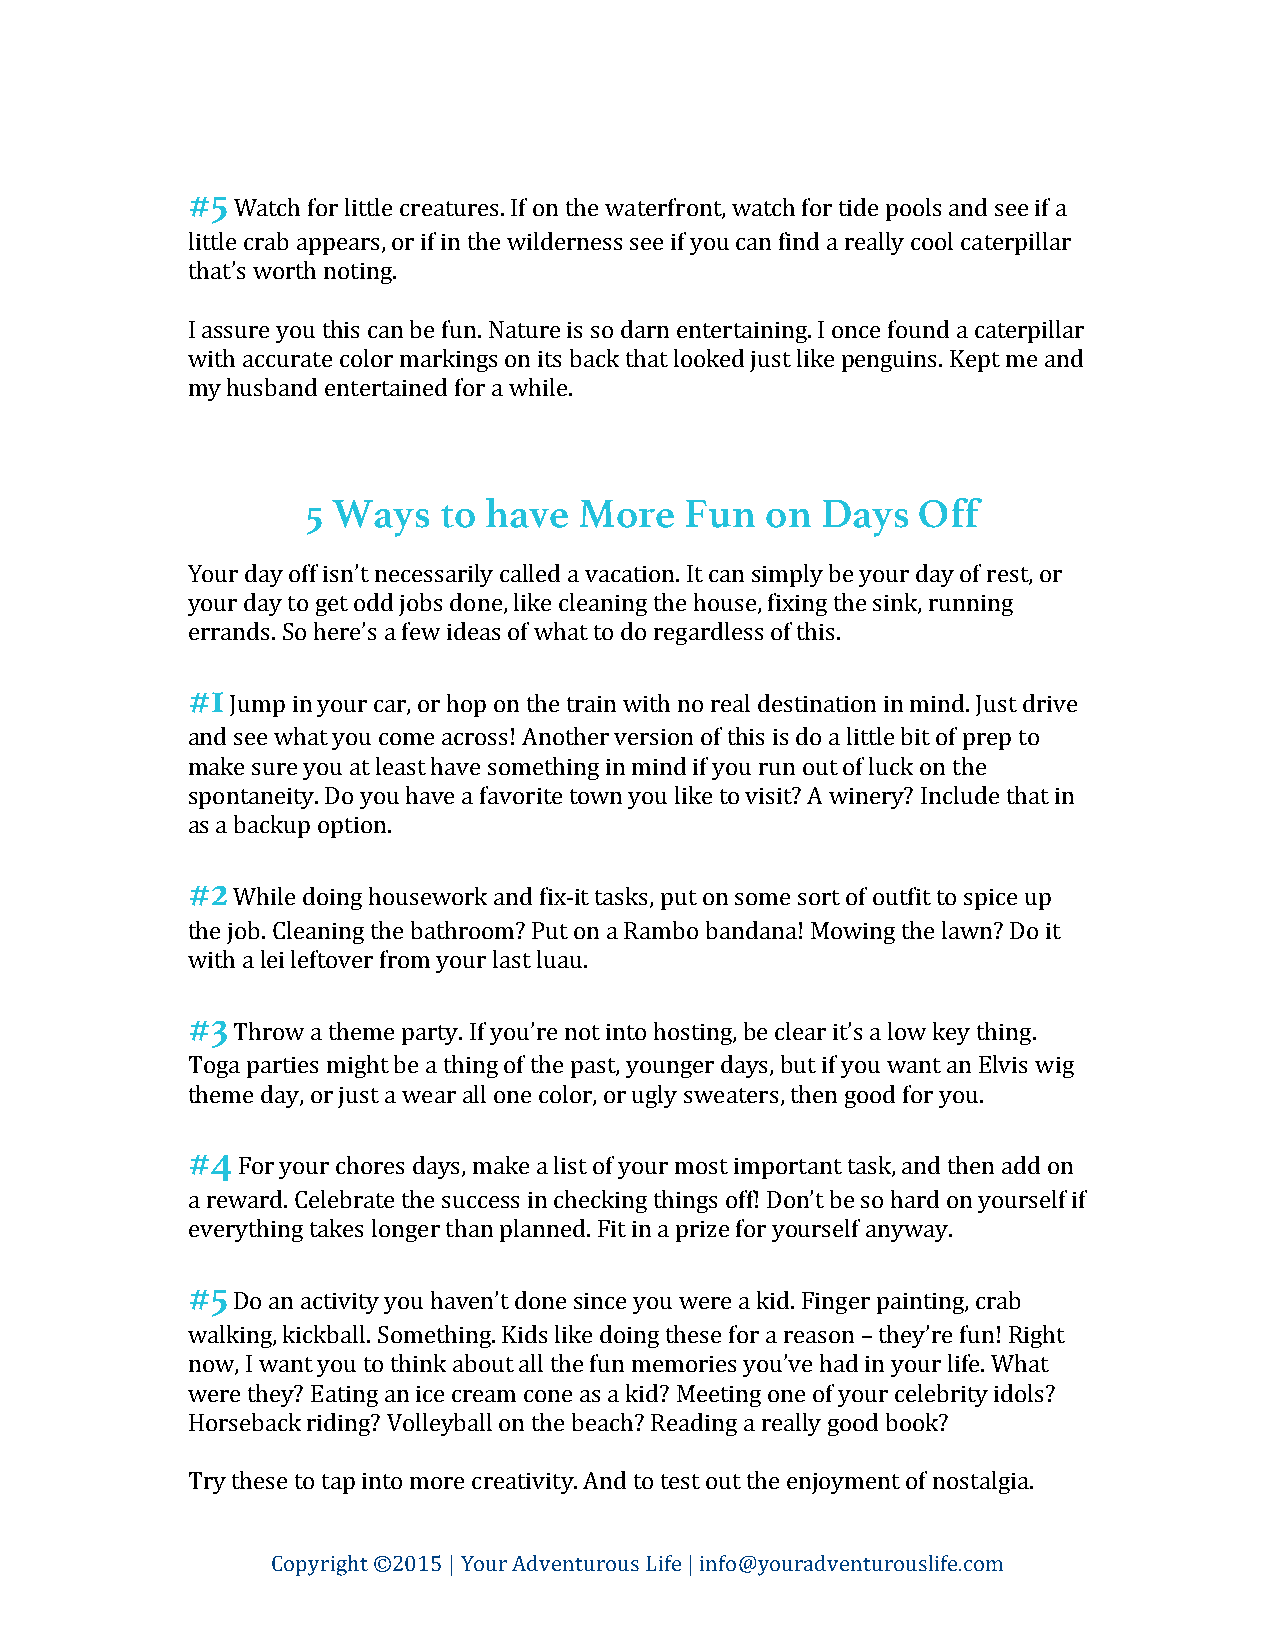
#5
 Watch for little creatures. If on the waterfront, watch for tide pools and see if a
 little crab appears, or if in the wilderness see if you can find a really cool caterpillar
 that’s worth noting.
 I assure you this can be fun. Nature is so darn entertaining. I once found a caterpillar
 with accurate color markings on its back that looked just like penguins. Kept me and
 my husband entertained for a while.
 5 Ways   to have  More   Fun   on Days   Off
 Your day off isn’t necessarily called a vacation. It can simply be your day of rest, or
 your day to get odd jobs done, like cleaning the house, fixing the sink, running
 errands. So here’s a few ideas of what to do regardless of this.
 #1
 Jump in your car, or hop on the train with no real destination in mind. Just drive
 and see what you come across! Another version of this is do a little bit of prep to
 make sure you at least have something in mind if you run out of luck on the
 spontaneity. Do you have a favorite town you like to visit? A winery? Include that in
 as a backup option.
 #2
 While doing housework and fix-­‐it tasks, put on some sort of outfit to spice up
 the job. Cleaning the bathroom? Put on a Rambo bandana! Mowing the lawn? Do it
 with a lei leftover from your last luau.
 #3
 Throw a theme party. If you’re not into hosting, be clear it’s a low key thing.
 Toga parties might be a thing of the past, younger days, but if you want an Elvis wig
 theme day, or just a wear all one color, or ugly sweaters, then good for you.
 #4
 For your chores days, make a list of your most important task, and then add on
 a reward. Celebrate the success in checking things off! Don’t be so hard on yourself if
 everything takes longer than planned. Fit in a prize for yourself anyway.
 #5
 Do an activity you haven’t done since you were a kid. Finger painting, crab
 walking, kickball. Something. Kids like doing these for a reason – they’re fun! Right
 now, I want you to think about all the fun memories you’ve had in your life. What
 were they? Eating an ice cream cone as a kid? Meeting one of your celebrity idols?
 Horseback riding? Volleyball on the beach? Reading a really good book?
 Try these to tap into more creativity. And to test out the enjoyment of nostalgia.
 Copyright ©2015 | Your Adventurous Life | info@youradventurouslife.com